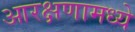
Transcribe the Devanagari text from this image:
आरक्षणामध्ये